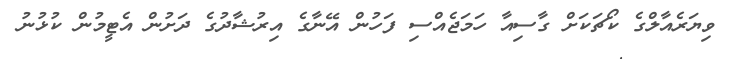
ވިޔަރެއާލްގެ ކޯޗަކަށް ގާސިއާ ހަމަޖެއްސި ފަހުން އޭނާގެ އިރުޝާދުގެ ދަށުން އެޓީމުން ކުޅުނު